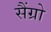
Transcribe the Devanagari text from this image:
सैंग्रो